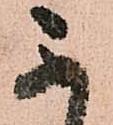
不